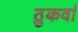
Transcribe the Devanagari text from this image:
ठुकवां